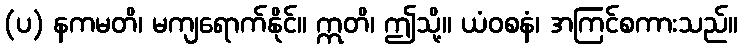
(ပ) နကမတိ၊ မကျရောက်နိုင်။ ဣတိ၊ ဤသို့။ ယံဝစနံ၊ အကြင်စကားသည်။